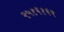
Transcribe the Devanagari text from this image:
२५१६१६२